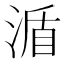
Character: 𣸩